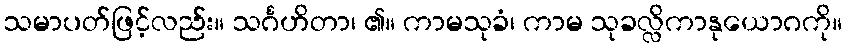
သမာပတ်ဖြင့်လည်း။ သင်္ဂဟိတာ၊ ၏။ ကာမသုခံ၊ ကာမ သုခလ္လိကာနုယောဂကို။